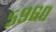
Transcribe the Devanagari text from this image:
५९६०